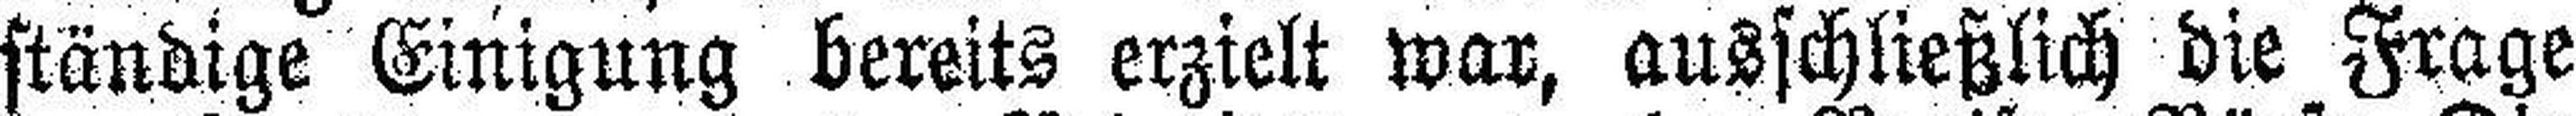
ständige Einigung bereits erzielt war, ausschließlich die Frage